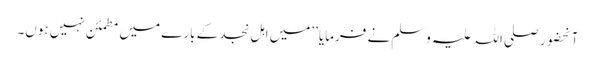
آنحضور صلی اللہ علیہ وسلم نے فرمایا ’’میں اہلِ نجد کے بارے میں مطمئن نہیں ہوں۔